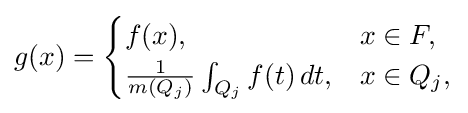
g(x)={\begin{cases}f(x),&x\in F,\\{\frac {1}{m(Q_{j})}}\int _{Q_{j}}f(t)\,dt,&x\in Q_{j},\end{cases}}